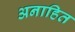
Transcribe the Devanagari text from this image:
अनाहित